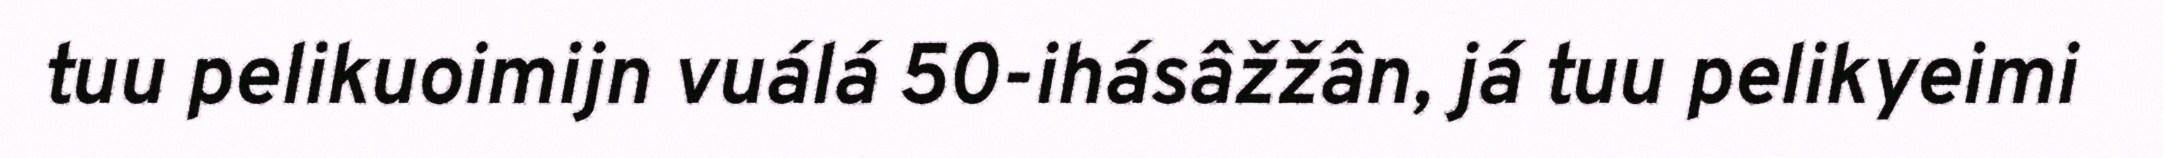
tuu pelikuoimijn vuálá 50-ihásâžžân, já tuu pelikyeimi